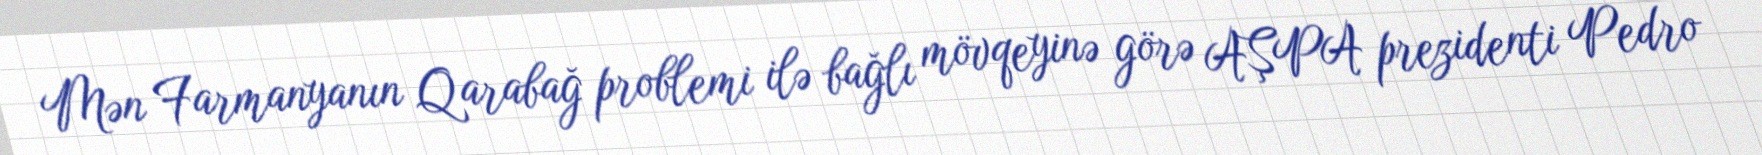
Mən Farmanyanın Qarabağ problemi ilə bağlı mövqeyinə görə AŞPA prezidenti Pedro